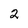
Character: 2